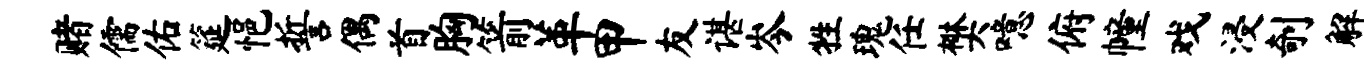
赌儒佑筵悒誓偶首胸箭革甲友谌岑牲瑰任樊噫俯幢戏浸剞解